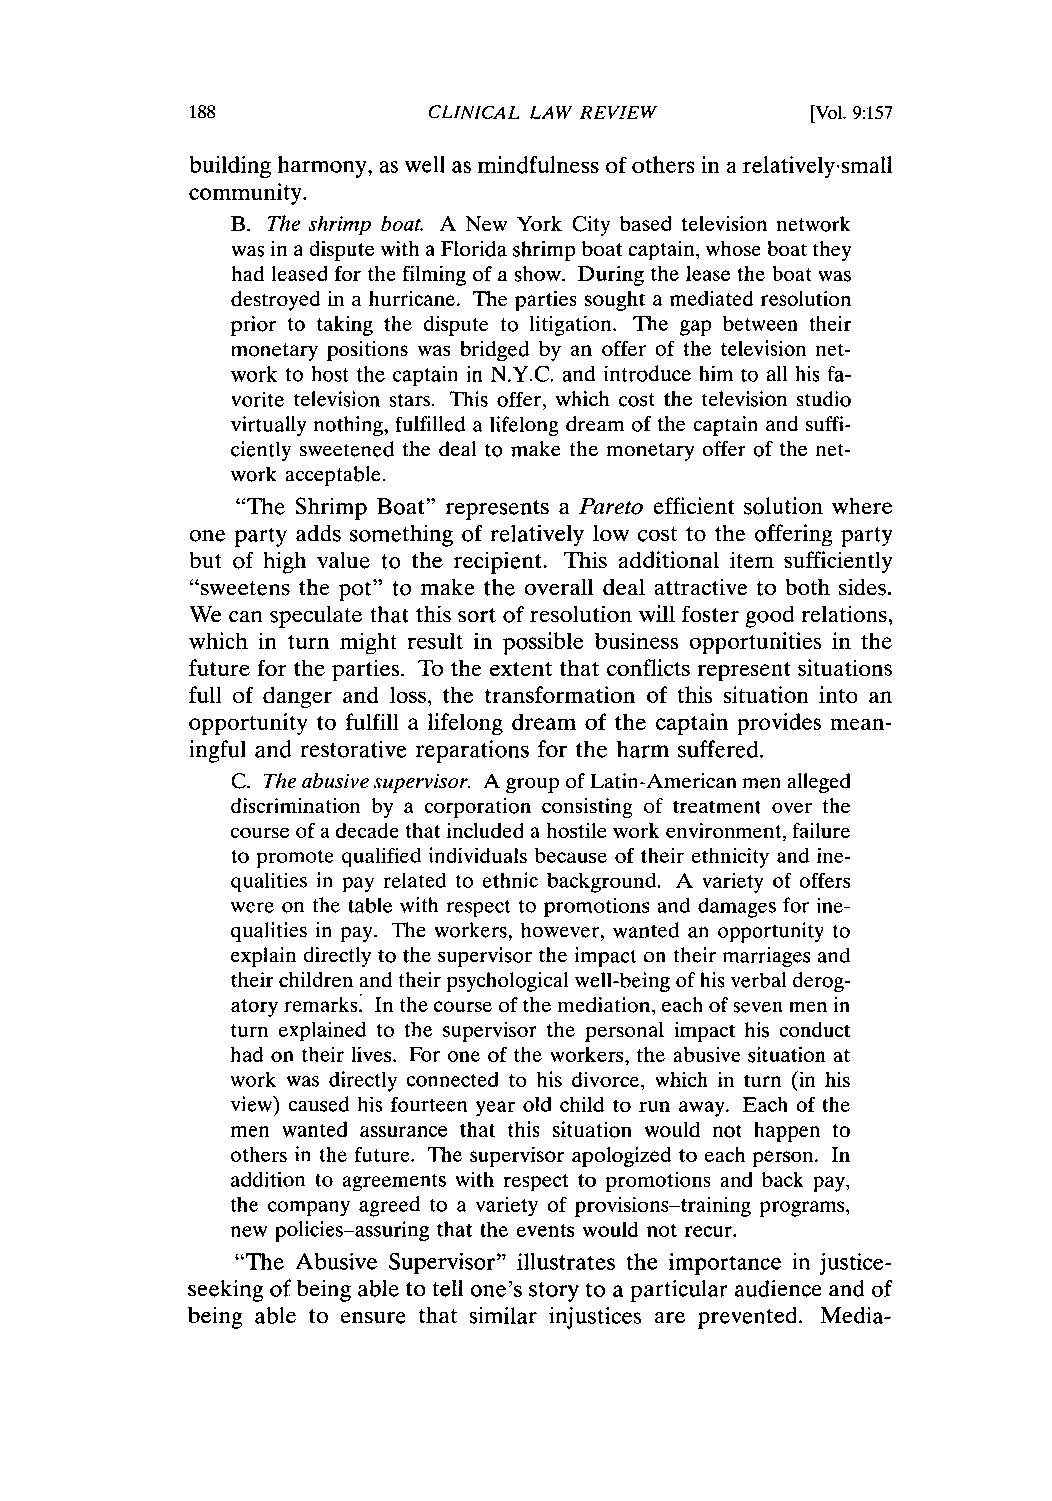
CLINICAL LAW REVIEW       [Vol. 9:157
 building harmony, as well as mindfulness of others in a relatively.small
 community.
 B. The shrimp boat. A New York City based television network
 was in a dispute with a Florida shrimp boat captain, whose boat they
 had leased for the filming of a show. During the lease the boat was
 destroyed in a hurricane. The parties sought a mediated resolution
 prior to taking the dispute to litigation. The gap between their
 monetary positions was bridged by an offer of the television net-
 work to host the captain in N.Y.C. and introduce him to all his fa-
 vorite television stars. This offer, which cost the television studio
 virtually nothing, fulfilled a lifelong dream of the captain and suffi-
 ciently sweetened the deal to make the monetary offer of the net-
 work acceptable.
 "The Shrimp Boat" represents a Pareto efficient solution where
 one party adds something of relatively low cost to the offering party
 but of high value to the recipient. This additional item sufficiently
 "sweetens the pot" to make the overall deal attractive to both sides.
 We can speculate that this sort of resolution will foster good relations,
 which in turn might result in possible business opportunities in the
 future for the parties. To the extent that conflicts represent situations
 full of danger and loss, the transformation of this situation into an
 opportunity to fulfill a lifelong dream of the captain provides mean-
 ingful and restorative reparations for the harm suffered.
 C. The abusive supervisor. A group of Latin-American men alleged
 discrimination by a corporation consisting of treatment over the
 course of a decade that included a hostile work environment, failure
 to promote qualified individuals because of their ethnicity and ine-
 qualities in pay related to ethnic background. A variety of offers
 were on the table with respect to promotions and damages for ine-
 qualities in pay. The workers, however, wanted an opportunity to
 explain directly to the supervisor the impact on their marriages and
 their children and their psychological well-being of his verbal derog-
 atory remarks. In the course of the mediation, each of seven men in
 turn explained to the supervisor the personal impact his conduct
 had on their lives. For one of the workers, the abusive situation at
 work was directly connected to his divorce, which in turn (in his
 view) caused his fourteen year old child to run away. Each of the
 men wanted assurance that this situation would not happen to
 others in the future. The supervisor apologized to each person. In
 addition to agreements with respect to promotions and back pay,
 the company agreed to a variety of provisions-training programs,
 new policies-assuring that the events would not recur.
 "The Abusive Supervisor" illustrates the importance in justice-
 seeking of being able to tell one's story to a particular audience and of
 being able to ensure that similar injustices are prevented. Media-